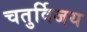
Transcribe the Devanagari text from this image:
चतुर्विजय